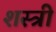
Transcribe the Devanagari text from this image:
शस्त्री